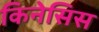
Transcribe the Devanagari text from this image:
किनेसिस